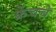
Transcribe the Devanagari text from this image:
फ्रेंचचे